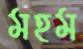
মহম